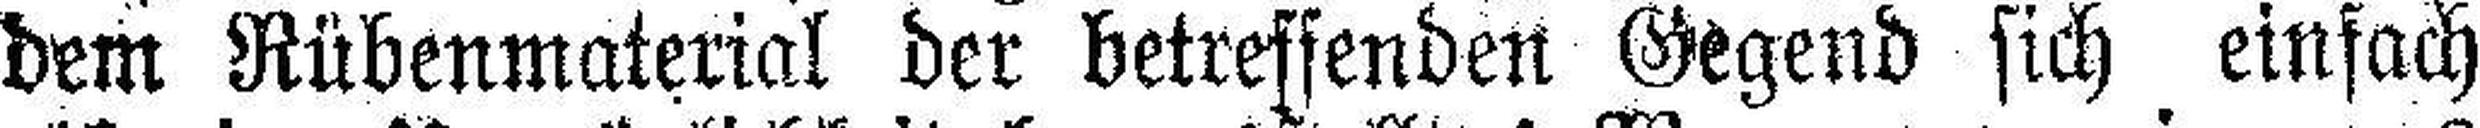
dem Rübenmaterial der betreffenden Gegend sich einfach